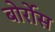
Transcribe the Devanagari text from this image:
बोर्रोस